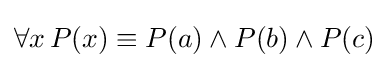
\forall x\,P(x)\equiv P(a)\land P(b)\land P(c)